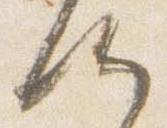
候